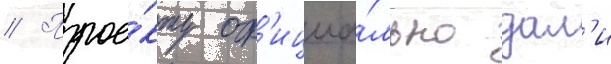
// Прое́кту оф'ициа́льно дал'и